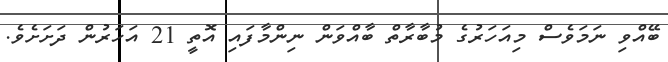
ބޭއްވި ނަމަވެސް މިއަހަރުގެ މުބާރާތް ބާއްވަން ނިންމާފައި އޮތީ 21 އަހަރުން ދަށަށެވެ.